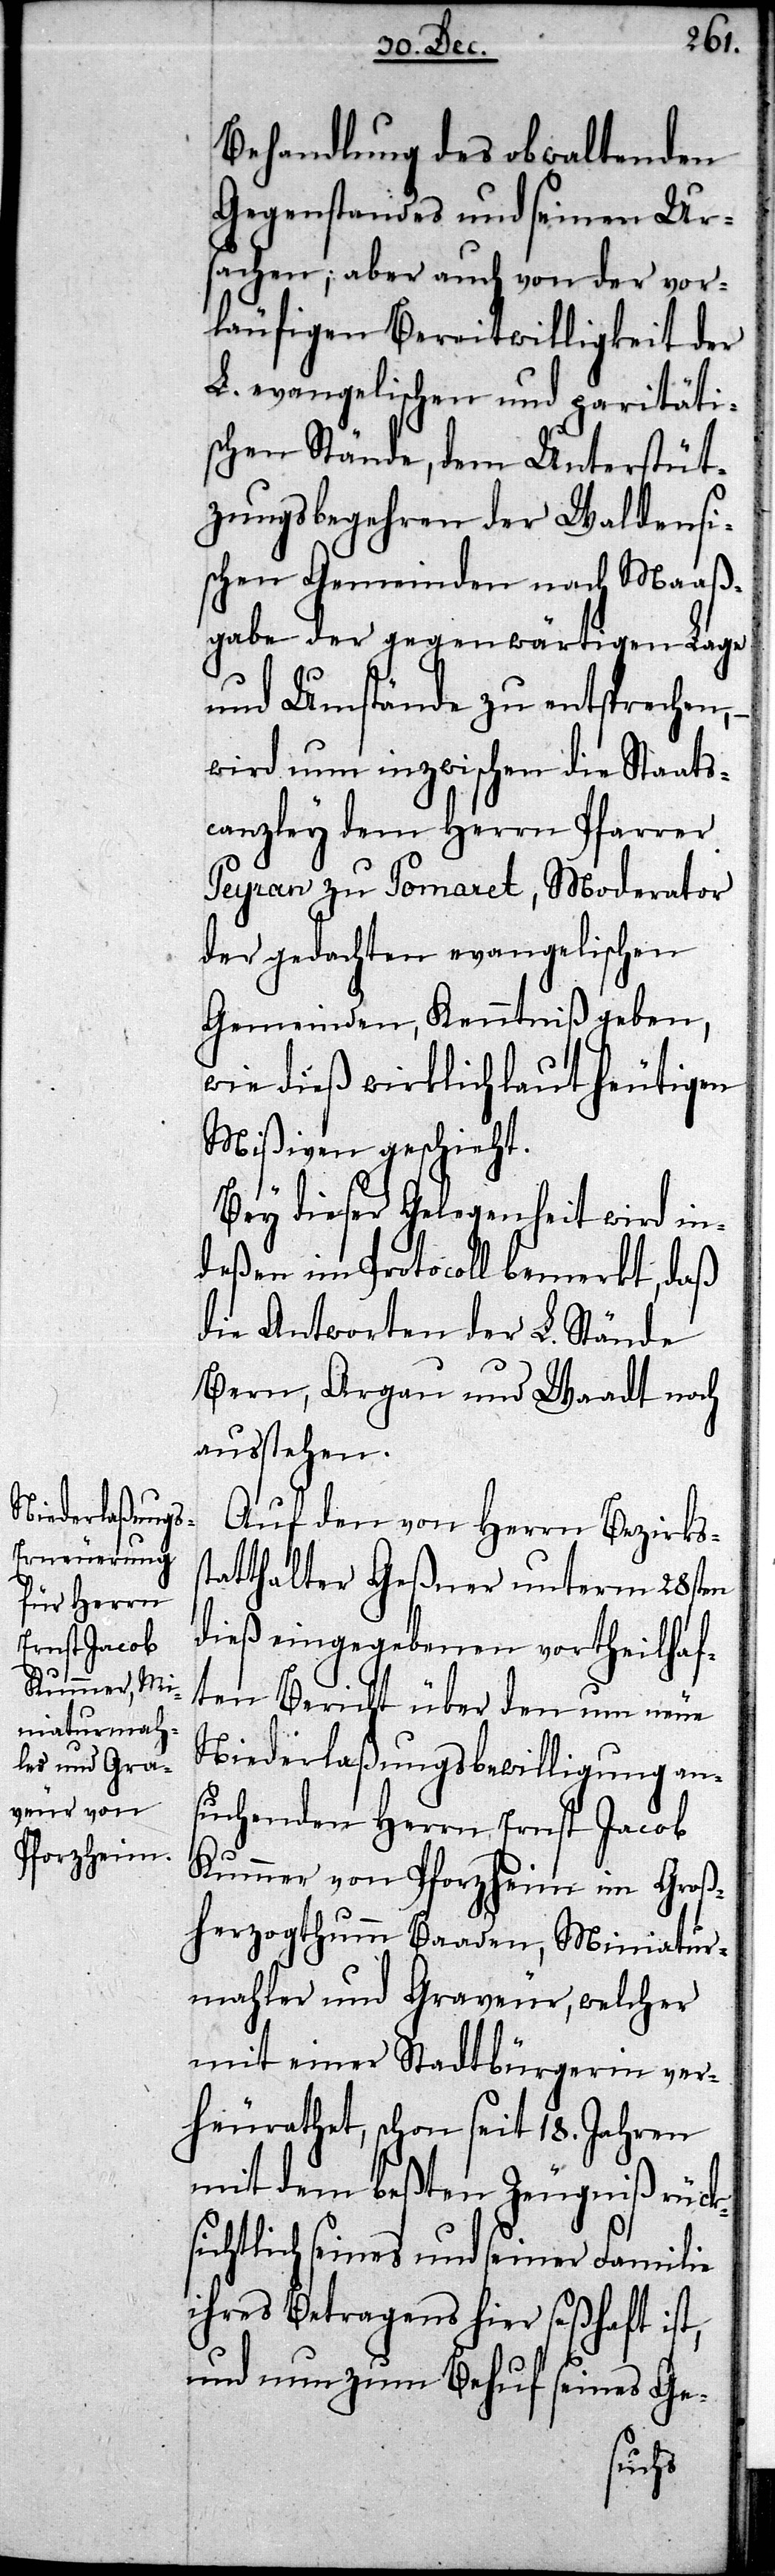
Behandlung des obwaltenden
Gegenstandes und seinen Urs¬
achen; aber auch von der vor¬
läufigen Bereitwilligkeit der
L. evangelischen und paritäti¬
schen Stände, dem Unterstüt¬
zungsbegehren der Waldensi¬
schen Gemeinden nach Maaß¬
gabe der gegenwärtigen Lage
und Umstände zu entsprechen, –
wird nun inzwischen die Staats¬
canzley dem Herrn Pfarrer
Peyran zu Pomaret, Moderator
der gedachten evangelischen
Gemeinden, Kenntniß geben,
wie dieß wirklich laut heutigen
Mißiven geschieht.
Bey dieser Gelegenheit wird in¬
deßen im Protocoll bemerkt, daß
die Antworten der L. Stände
Bern, Argau und Waadt noch
ausstehen.
Auf den von Herrn Bezirkss¬
tatthalter Geßner unterm 28sten
dieß eingegebenen vortheilhaf¬
ten Bericht über den um neue
Niederlaßungsbewilligung an¬
suchenden Herrn Ernst Jacob
Kummer von Pforzheim im Groß¬
herzogtumm Baaden, Miniatur¬
mahler und Graveur, welcher
mit einer Stadtbürgerin ver¬
heurathet, schon seit 18. Jahren
mit dem beßten Zeugniß rück¬
sichtlich seines und seiner Familie
ihres Betragens hier seßhaft ist,
und nun zum Behuf seines Ge-